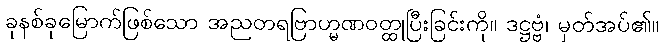
ခုနစ်ခုမြောက်ဖြစ်သော အညတရဗြာဟ္မဏဝတ္ထုပြီးခြင်းကို။ ဒဋ္ဌဗ္ဗံ၊ မှတ်အပ်၏။